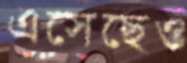
এসেছেও